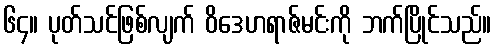
၆၄။ ပုတ်သင်ဖြစ်လျက် ဝိဒေဟရာဇ်မင်းကို ဘက်ပြိုင်သည်။